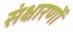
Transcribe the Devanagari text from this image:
संक्षारणों